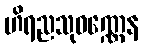
ဟိရညသုဝဏ္ဏေန